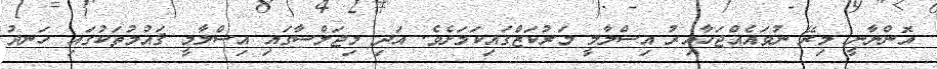
އޮންނާނީ މިރޭ ނުވައެއްޖަހާއިރު އިސްލާމީ މަރުކަޒްގައިކަމަށެވެ. އަދި މިޖަލްސާގައި އިސްލާމީ ޤައުމުތަކުގައި ހަނދު